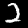
Digit: 2